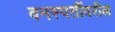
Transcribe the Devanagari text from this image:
वनस्पतींवरील